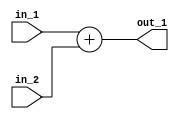
`timescale 1ns/1ps
module add(in_1,in_2,out_1);
input [13:0] in_1,in_2;
output [13:0] out_1;
 
assign out_1 = in_1 + in_2;
      
endmodule